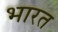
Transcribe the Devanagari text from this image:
भारत